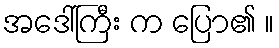
အဒေါ်ကြီး က ပြော၏ ။